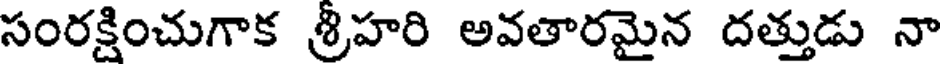
సంరక్షించుగాక శ్రీహరి అవతారమైన దత్తుడు నా